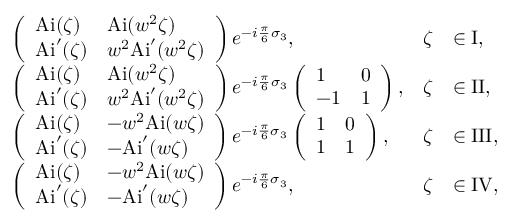
\begin{array} { r l r l } & { \left( \begin{array} { l l } { \mathrm { A i } ( \zeta ) } & { \mathrm { A i } ( w ^ { 2 } \zeta ) } \\ { \mathrm { A i } ^ { \prime } ( \zeta ) } & { w ^ { 2 } \mathrm { A i } ^ { \prime } ( w ^ { 2 } \zeta ) } \end{array} \right) e ^ { - i \frac { \pi } { 6 } \sigma _ { 3 } } , } & { \zeta } & { \in \mathrm { I } , } \\ & { \left( \begin{array} { l l } { \mathrm { A i } ( \zeta ) } & { \mathrm { A i } ( w ^ { 2 } \zeta ) } \\ { \mathrm { A i } ^ { \prime } ( \zeta ) } & { w ^ { 2 } \mathrm { A i } ^ { \prime } ( w ^ { 2 } \zeta ) } \end{array} \right) e ^ { - i \frac { \pi } { 6 } \sigma _ { 3 } } \left( \begin{array} { l l } { 1 } & { 0 } \\ { - 1 } & { 1 } \end{array} \right) , } & { \zeta } & { \in \mathrm { I I } , } \\ & { \left( \begin{array} { l l } { \mathrm { A i } ( \zeta ) } & { - w ^ { 2 } \mathrm { A i } ( w \zeta ) } \\ { \mathrm { A i } ^ { \prime } ( \zeta ) } & { - \mathrm { A i } ^ { \prime } ( w \zeta ) } \end{array} \right) e ^ { - i \frac { \pi } { 6 } \sigma _ { 3 } } \left( \begin{array} { l l } { 1 } & { 0 } \\ { 1 } & { 1 } \end{array} \right) , } & { \zeta } & { \in \mathrm { I I I } , } \\ & { \left( \begin{array} { l l } { \mathrm { A i } ( \zeta ) } & { - w ^ { 2 } \mathrm { A i } ( w \zeta ) } \\ { \mathrm { A i } ^ { \prime } ( \zeta ) } & { - \mathrm { A i } ^ { \prime } ( w \zeta ) } \end{array} \right) e ^ { - i \frac { \pi } { 6 } \sigma _ { 3 } } , } & { \zeta } & { \in \mathrm { I V } , } \end{array}